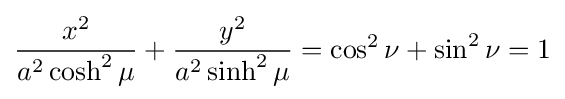
{\frac {x^{2}}{a^{2}\cosh ^{2}\mu }}+{\frac {y^{2}}{a^{2}\sinh ^{2}\mu }}=\cos ^{2}\nu +\sin ^{2}\nu =1